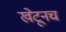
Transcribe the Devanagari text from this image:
खेटूनच